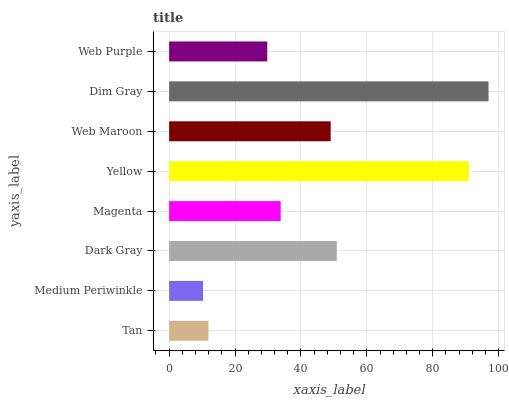
| yaxis_label | bars |
 | --- | --- |
 | Tan | 11.9 |
 | Medium Periwinkle | 10.3 |
 | Dark Gray | 50.9 |
 | Magenta | 33.9 |
 | Yellow | 91 |
 | Web Maroon | 49 |
 | Dim Gray | 96.9 |
 | Web Purple | 29.8 |